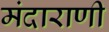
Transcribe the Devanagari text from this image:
मंदाराणी